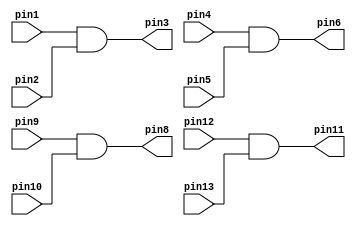

//and gate
module v7408(input pin1,pin2,pin4,pin5,pin9,pin10,pin12,pin13, output pin3,pin6,pin8,pin11 );
		
	assign pin3 = pin1&pin2;
	assign pin6 = pin4&pin5;
	assign pin8 = pin9&pin10;
	assign pin11 = pin12&pin13;
		
endmodule

//or gate
module v7432(input pin1,pin2,pin4,pin5,pin9,pin10,pin12,pin13, output pin3,pin6,pin8,pin11 );
	
	assign pin3 = pin1|pin2;
	assign pin6 = pin4|pin5;
	assign pin8 = pin9|pin10;
	assign pin11 = pin12|pin13;

endmodule 

//not gate
module v7404(input pin1,pin3,pin5,pin9,pin11,pin13, output pin2,pin4,pin6,pin8,pin10,pin12);
		
	assign pin2 = ~pin1;
	assign pin4 = ~pin3;
	assign pin6 = ~pin5;
	assign pin8 = ~pin9;
	assign pin10 = ~pin11;
	assign pin12 = ~pin13;
endmodule 


 

module Lab2part2(SW,LEDR);

	input [9:0]SW;
	output [9:0]LEDR;
	
	wire w1,w2,w3;
	
	//Selector to NOT
	v7404 U0(.pin1(SW[9]), .pin2(w1));
	
	//X and S to AND
	v7408 U1(.pin1(SW[0]),.pin2(w1),.pin3(w2));
	
	//Y and S to AND
	v7408 U2(.pin4(SW[1]),.pin5(SW[9]),.pin6(w3));
	
	//xs +xy
	v7432 U3(.pin1(w2),.pin2(w3),.pin3(LEDR[0]));
	
endmodule